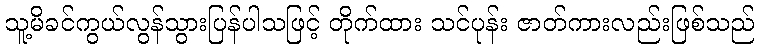
သူ့မိခင်ကွယ်လွန်သွားပြန်ပါသဖြင့် တိုက်ထား သင်ပုန်း ဇာတ်ကားလည်းဖြစ်သည်